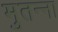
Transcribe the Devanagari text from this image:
मुतन्ना